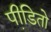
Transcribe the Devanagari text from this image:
पीडि़तो